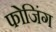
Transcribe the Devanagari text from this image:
फोजिंग